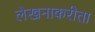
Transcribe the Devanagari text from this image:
लेखनाकरीता